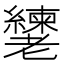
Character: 𬚎